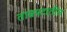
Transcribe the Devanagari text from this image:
ताम्रपटातील